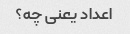
اعداد یعنی چه؟